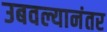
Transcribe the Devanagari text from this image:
उबवल्यानंतर